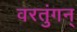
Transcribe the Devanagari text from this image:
वरतुंगन्